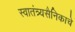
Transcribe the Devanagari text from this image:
स्वातंत्र्यसैनिकाचे